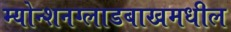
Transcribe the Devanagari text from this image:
म्योन्शनग्लाडबाखमधील